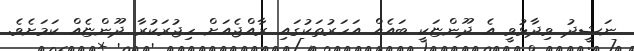
ނަޝީދު ވިދާޅުވީ އެ ދޫންޏަކީ ބައެއް އަހަރުތަކުގައި ރާއްޖެއަށް ހިޖުރަކުރާ ދޫންޏެއް ކަމަށެވެ.